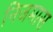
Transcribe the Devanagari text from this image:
निजमास